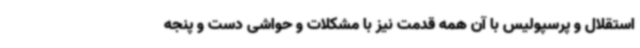
استقلال و پرسپولیس با آن همه قدمت نیز با مشکلات و حواشی دست و پنجه